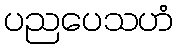
ပညပေသဟံ